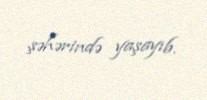
şəhərində yaşayıb.